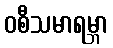
ဝစီသမာရမ္ဘာ